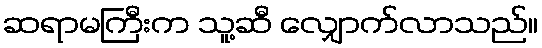
ဆရာမကြီးက သူ့ဆီ လျှောက်လာသည်။